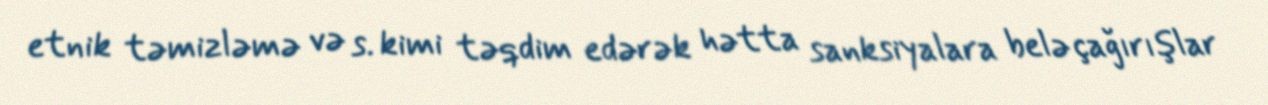
etnik təmizləmə və s. kimi təqdim edərək hətta sanksiyalara belə çağırışlar